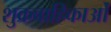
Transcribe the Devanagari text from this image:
शुक्रवाहिकाओं